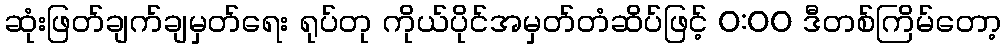
ဆုံးဖြတ်ချက်ချမှတ်ရေး ရုပ်တု ကိုယ်ပိုင်အမှတ်တံဆိပ်ဖြင့် 0:00 ဒီတစ်ကြိမ်တော့